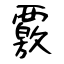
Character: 覈